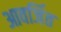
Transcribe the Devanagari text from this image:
आवर्जित